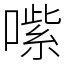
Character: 㗪